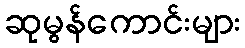
ဆုမွန်ကောင်းများ